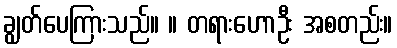
ချွတ်ပေကြားသည်။ ။ တရားဟောဦး အစတည်း။